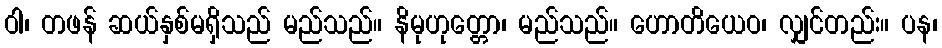
ဝါ၊ တဖန် ဆယ်နှစ်မရှိသည် မည်သည်။ နိမုဟုတ္တော၊ မည်သည်။ ဟောတိယေဝ၊ လျှင်တည်း။ ပန၊